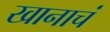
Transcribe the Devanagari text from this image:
खानाचं